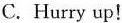
C.Hurry up！